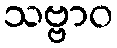
သဗ္ဗာဝ